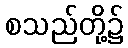
စသည်တို့၌